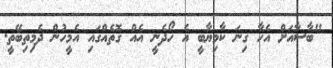
"ބާސާއަށް އެހާ ގިނަ ކާމިޔާބީ އެ ހޯދެނީ އެއް ގޮތެއްގައި އެމީހުން ދެމިތިބޭތީ.